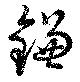
鎌